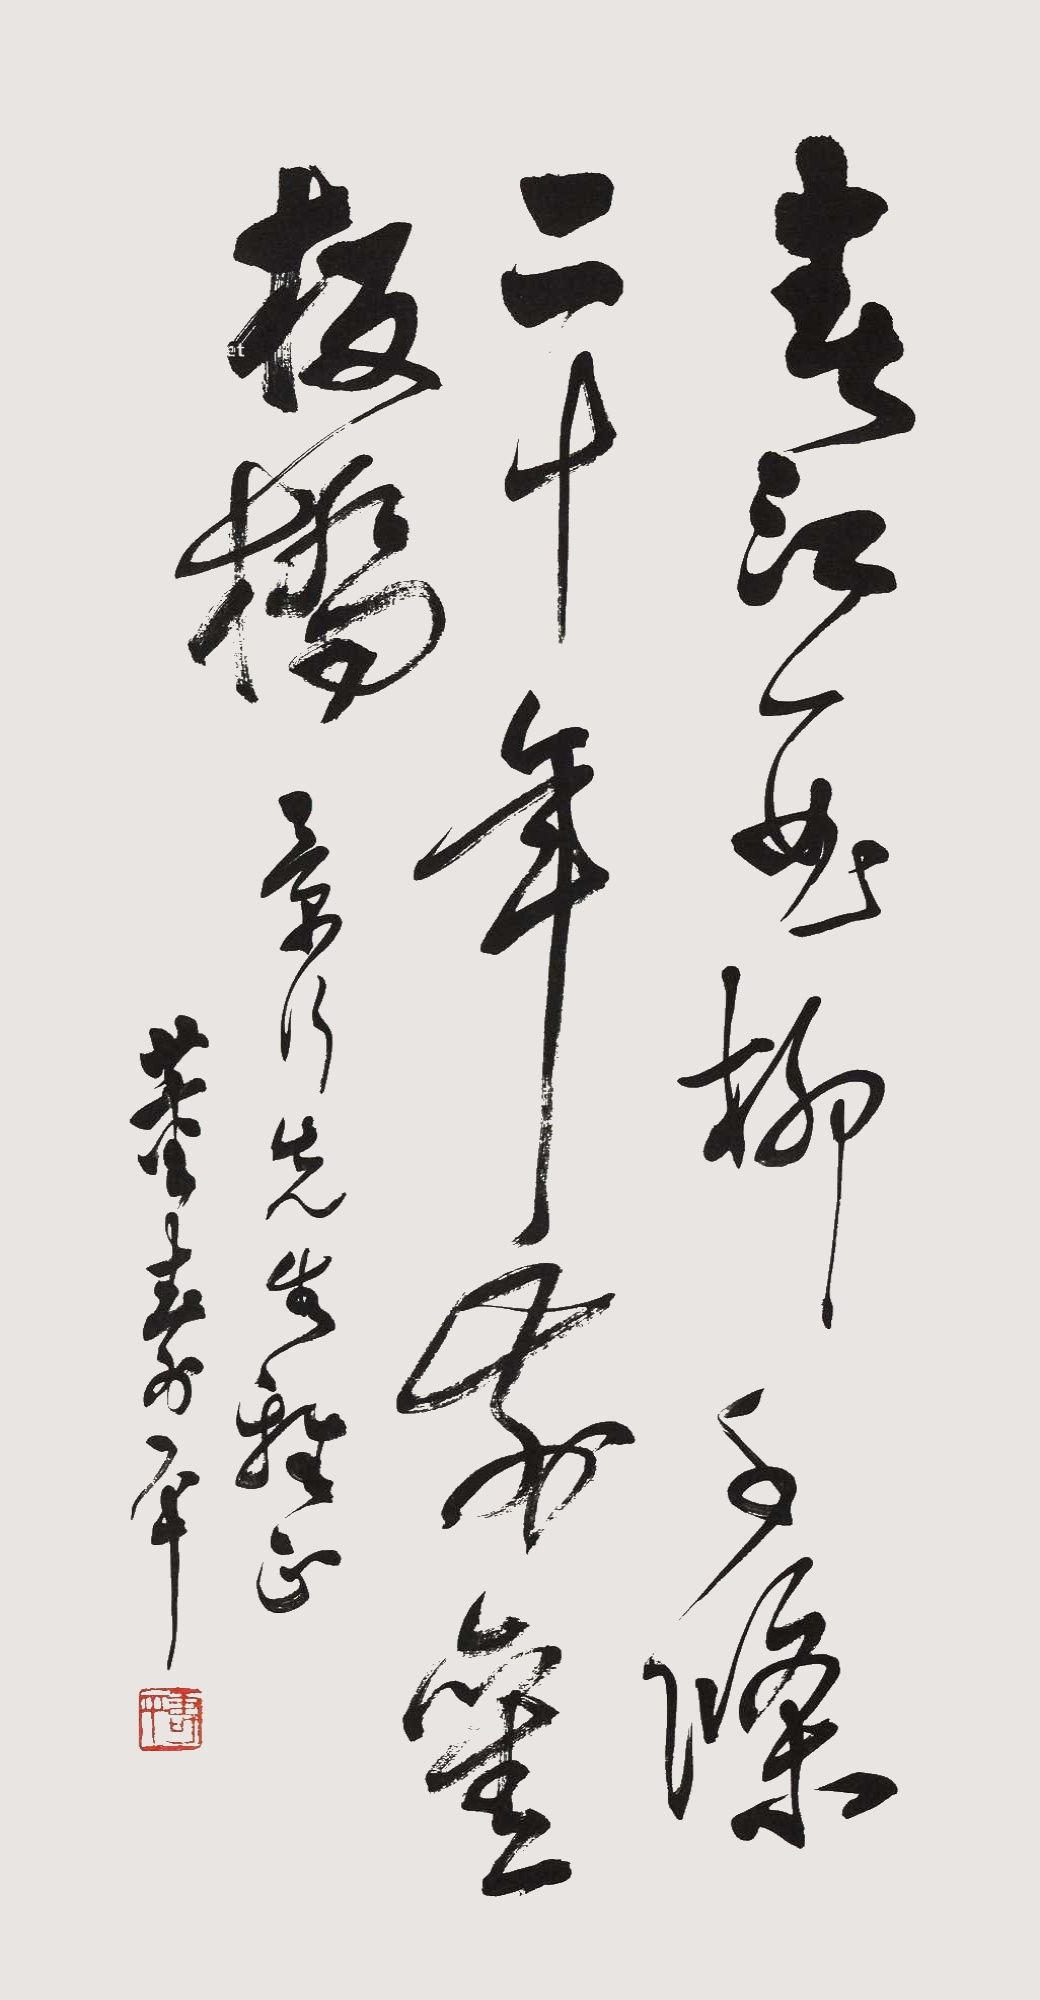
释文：春江一曲柳千条，二十年前旧板桥。景何先生雅正，董寿平。